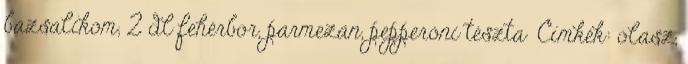
bazsalikom, 2 dl fehérbor, parmezán, pepperóni tészta Címkék: olasz,